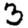
Digit: 3